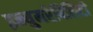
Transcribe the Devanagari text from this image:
इन्युमरेबिलिटी